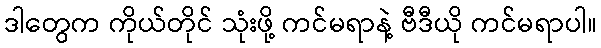
ဒါတွေက ကိုယ်တိုင် သုံးဖို့ ကင်မရာနဲ့ ဗီဒီယို ကင်မရာပါ။